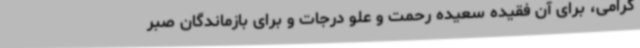
گرامی، برای آن فقیده سعیده رحمت و علو درجات و برای بازماندگان صبر